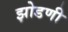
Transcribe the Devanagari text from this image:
झोडणी